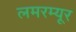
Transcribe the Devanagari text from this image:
लमरम्यूर